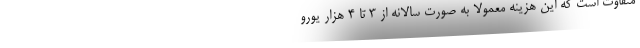
متفاوت است که این هزینه معمولا به صورت سالانه از 3 تا 4 هزار یورو